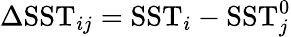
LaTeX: \Delta\mathrm{SST}_{ij}=\mathrm{SST}_{i}-\mathrm{SST}_{j}^{0}